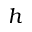
h